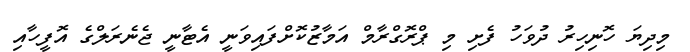
މިދިޔަ ހޮނިހިރު ދުވަހު ފެށި މި ޕްރޮގްރާމް އަމާޒުކޮށްފައިވަނީ އެޓާނީ ޖެނެރަލްގެ އޮފީހާއި